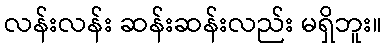
လန်းလန်း ဆန်းဆန်းလည်း မရှိဘူး။